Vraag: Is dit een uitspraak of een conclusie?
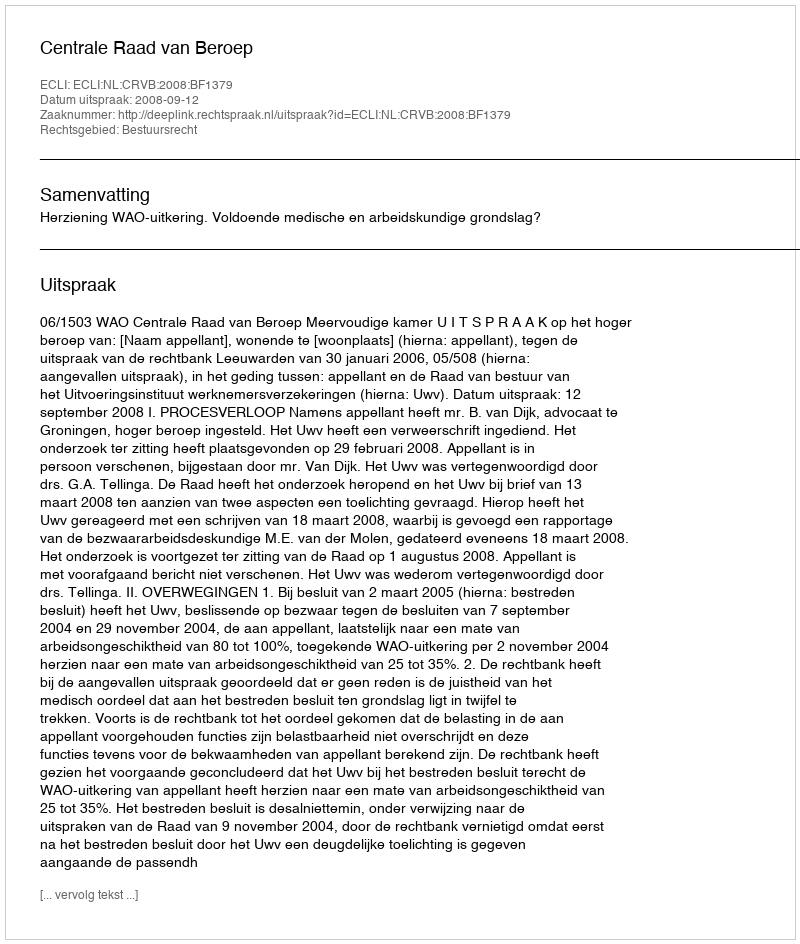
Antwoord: Uitspraak